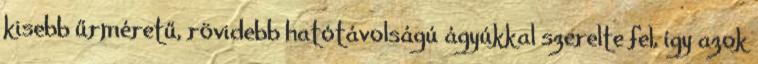
kisebb űrméretű, rövidebb hatótávolságú ágyúkkal szerelte fel, így azok